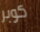
كوبر